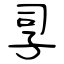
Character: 孠